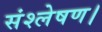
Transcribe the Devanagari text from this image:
संश्लेषण।